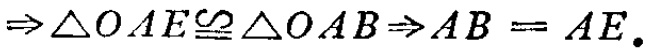
$\Rightarrow \triangle OAE\cong\triangle OAB\Rightarrow AB = AE.$